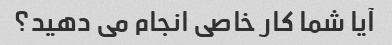
آیا شما کار خاصی انجام می دهید؟